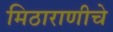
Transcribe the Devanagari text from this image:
मिठाराणीचे